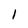
Character: I